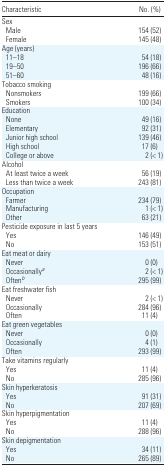
<table><thead><tr><td><b>Characteristic</b></td><td><b>No. (%)</b></td></tr></thead><tbody><tr><td colspan="2">Sex</td></tr><tr><td> Male</td><td>154 (52)</td></tr><tr><td> Female</td><td>145 (48)</td></tr><tr><td colspan="2">Age (years)</td></tr><tr><td> 11–18</td><td>54 (18)</td></tr><tr><td> 19–50</td><td>196 (66)</td></tr><tr><td> 51–60</td><td>48 (16)</td></tr><tr><td colspan="2">Tobacco smoking</td></tr><tr><td> Nonsmokers</td><td>199 (66)</td></tr><tr><td> Smokers</td><td>100 (34)</td></tr><tr><td colspan="2">Education</td></tr><tr><td> None</td><td>49 (16)</td></tr><tr><td> Elementary</td><td>92 (31)</td></tr><tr><td> Junior high school</td><td>139 (46)</td></tr><tr><td> High school</td><td>17 (6)</td></tr><tr><td> College or above</td><td>2 (&lt; 1)</td></tr><tr><td colspan="2">Alcohol</td></tr><tr><td> At least twice a week</td><td>56 (19)</td></tr><tr><td> Less than twice a week</td><td>243 (81)</td></tr><tr><td colspan="2">Occupation</td></tr><tr><td> Farmer</td><td>234 (79)</td></tr><tr><td> Manufacturing</td><td>1 (&lt; 1)</td></tr><tr><td> Other</td><td>63 (21)</td></tr><tr><td colspan="2">Pesticide exposure in last 5 years</td></tr><tr><td> Yes</td><td>146 (49)</td></tr><tr><td> No</td><td>153 (51)</td></tr><tr><td colspan="2">Eat meat or dairy</td></tr><tr><td> Never</td><td>0 (0)</td></tr><tr><td> Occasionallya</td><td>2 (&lt; 1)</td></tr><tr><td> Oftenb</td><td>295 (99)</td></tr><tr><td colspan="2">Eat freshwater fish</td></tr><tr><td> Never</td><td>2 (&lt; 1)</td></tr><tr><td> Occasionally</td><td>284 (96)</td></tr><tr><td> Often</td><td>11 (4)</td></tr><tr><td colspan="2">Eat green vegetables</td></tr><tr><td> Never</td><td>0 (0)</td></tr><tr><td> Occasionally</td><td>4 (1)</td></tr><tr><td> Often</td><td>293 (99)</td></tr><tr><td colspan="2">Take vitamins regularly</td></tr><tr><td> Yes</td><td>11 (4)</td></tr><tr><td> No</td><td>285 (96)</td></tr><tr><td colspan="2">Skin hyperkeratosis</td></tr><tr><td> Yes</td><td>91 (31)</td></tr><tr><td> No</td><td>207 (69)</td></tr><tr><td colspan="2">Skin hyperpigmentation</td></tr><tr><td> Yes</td><td>11 (4)</td></tr><tr><td> No</td><td>288 (96)</td></tr><tr><td colspan="2">Skin depigmentation</td></tr><tr><td> Yes</td><td>34 (11)</td></tr><tr><td> No</td><td>265 (89)</td></tr></tbody></table>